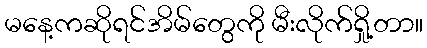
မနေ့ကဆိုရင်အိမ်တွေကို မီးလိုက်ရှို့တာ။